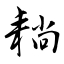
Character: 耥